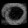
Digit: ၀